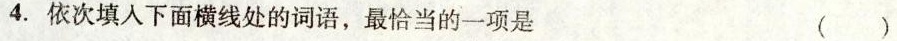
4.依次填入下面横线处的词语，最恰当的一项是 ()